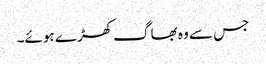
جس سے وہ بھاگ کھڑے ہوئے۔